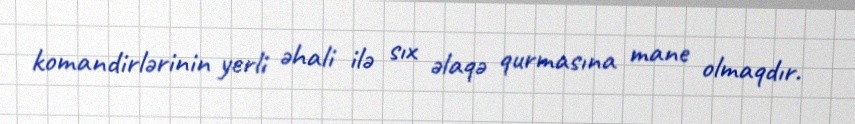
komandirlərinin yerli əhali ilə sıx əlaqə qurmasına mane olmaqdır.